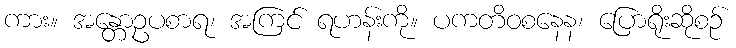
ကား။ အန္တောဥပစာရ၊ အကြင် ရဟန်းကို။ ပကတိဝစနေန၊ ပြောရိုးဆိုစဉ်